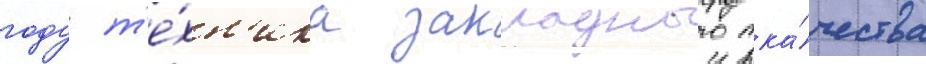
году т'е́хн'ика закладного тка́чества